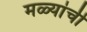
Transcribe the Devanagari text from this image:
मळ्यांची